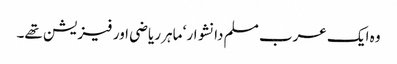
وہ ایک عرب مسلم دانشوار ‘ ماہر ریاضی اور فیزیشن تھے۔